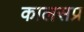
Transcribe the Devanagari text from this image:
कालसप्र